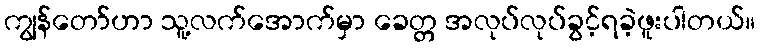
ကျွန်တော်ဟာ သူ့လက်အောက်မှာ ခေတ္တ အလုပ်လုပ်ခွင့်ရခဲ့ဖူးပါတယ်။